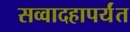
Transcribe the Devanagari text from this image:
सव्वादहापर्यंत